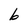
Character: b